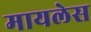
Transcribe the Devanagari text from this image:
मायलेस